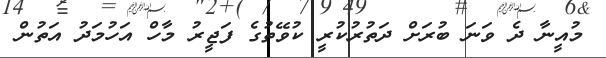
މުއީނާ ދެ ވަނަ ބުރަށް ދަތުރުކުރީ ކުވޭތުގެ ފަޖީރު މާހް އަހުމަދު އަތުން